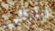
ملاكي